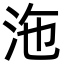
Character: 沲